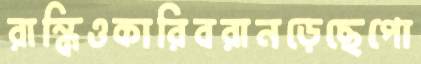
রান্ধিওকারিবরানড়েছেপো